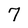
Character: 7